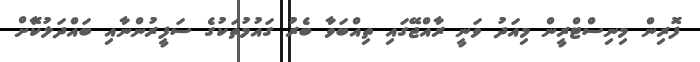
ފޮރިން މިނިސްޓްރީން މިއަދު ވަނީ ރާއްޖޭގައި ތިއްބަވާ ބެރު ގައުމުތަކުގެ ސަފީރުންނާއި ބައްދަލުކޮާށް